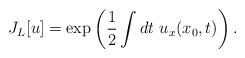
LaTeX: \begin{align*}J_L[u]=\exp\left(\frac{1}{2}\int dt~ u_{x}(x_0,t)\right).\end{align*}